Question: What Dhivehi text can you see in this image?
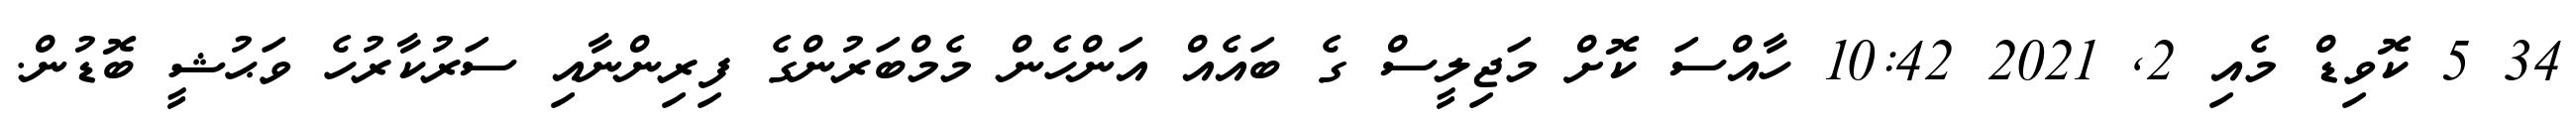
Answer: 34 5 ކޮވިޑް މެއި 2, 2021 10:42 ހާއްސަ ކޮށް މަޖިލީސް ގެ ބައެއް އަންހެން މެމްބަރުންގެ ފިރިންނާއި ސަރުކާރުހެ ވަޙުޝީ ބޮޑުން.